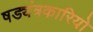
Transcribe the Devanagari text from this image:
षड्यंत्रकारियो